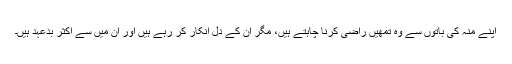
اپنے منہ کی باتوں سے وہ تمھیں راضی کرنا چاہتے ہیں، مگر اُن کے دل انکار کر رہے ہیں اور اُن میں سے اکثر بدعہد ہیں۔